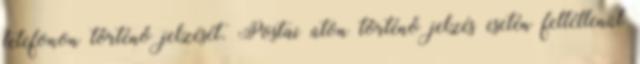
telefonon történő jelzését. Postai úton történő jelzés esetén feltétlenül